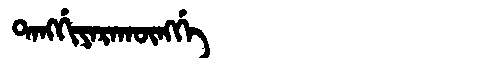
Manchu: ᡨᠠᠩᡤᡳᠶᠠᡵᠠᡴᡡᠩᡤᡝ
Romanization: TANGGIYARAKŪNGGE